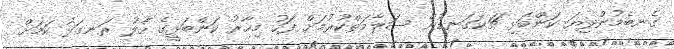
ގެނބެމުންދިޔަ ކަންބަޅި ޗަކަގަނޑުން ސަލާމަތްކުރުމަށް ފަހު މިހާރު ކަންބަޅީގެ ހާލު ރަނގަޅު ކަމަށް